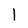
Character: 1